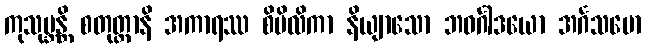
ကုသုမ္ဘန္တိ စတုတ္ထာနိ အကာရဿ စိမိလိကာ နိယျာသော ဘဝင်္ဂါဒယော အင်္ဂသမော